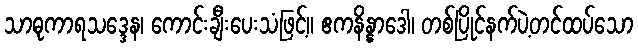
သာဓုကာရသဒ္ဒေန၊ ကောင်းချီးပေးသံဖြင့်။ ဧကနိန္နာဒေါ၊ တစ်ပြိုင်နက်ပဲ့တင်ထပ်သော